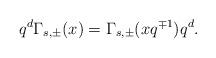
LaTeX: \begin{align*}q^d \Gamma_{s,\pm}(x)= \Gamma_{s,\pm}(xq^{\mp 1})q^d.\end{align*}